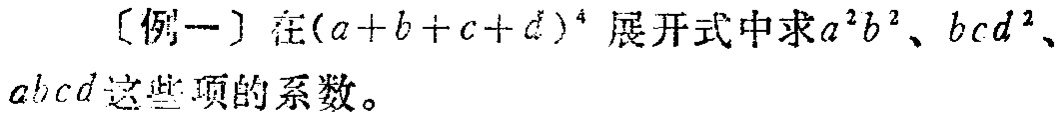
[例一] 在\((a + b + c + d)^{4}\)展开式中求\(a^{2}b^{2}\)、\(bcd^{2}\)、\(abcd\)这些项的系数。